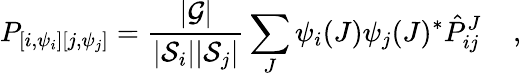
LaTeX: P_{[{i},\psi_{i}][{j},\psi_{j}]}={\frac{|{\cal G}|}{|{\cal S}_{i}||{\cal S}_{j}|}}\sum_{J}\psi_{i}(J)\psi_{j}(J)^{*}\hat{P}_{{i}{j}}^{J}\; \; \; \; ,